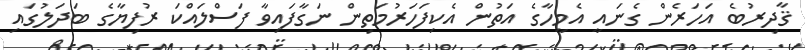
ޤާދިރުބެ އަހަރެން ގެނައީ އެމީހާގެ އަތުން އެކިފަހަރުމަތިން ނަގާފައިވާ ފަސްލައްކަ ރުފިޔާގެ ބަދަލުގައި